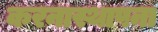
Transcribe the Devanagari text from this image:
करनास्थापना